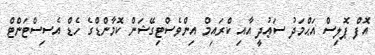
އޮފް ޕޮލިސް އަޙްމަދު ސަޢުދީ އާއި ކްރައިމް އިންވެސްޓިގޭޝަން ކޮމާންޑްގެ ހެޑް އެސިސްޓަންޓް